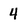
Character: 4